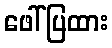
ဖေါ်ပြထား